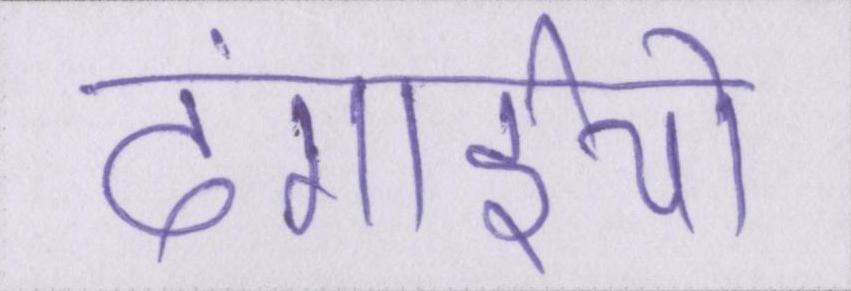
दंगाईयो